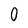
Character: 0